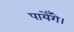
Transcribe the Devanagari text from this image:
पायेँगे।